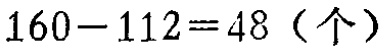
\(160 - 112 = 48\)（个）